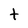
Character: t